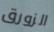
الزورق